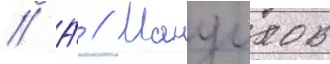
// А́ // Мануилов